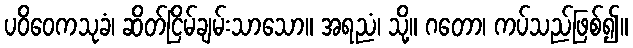
ပဝိဝေကသုခံ၊ ဆိတ်ငြိမ်ချမ်းသာသော။ အရညံ၊ သို့။ ဂတော၊ ကပ်သည်ဖြစ်၍။